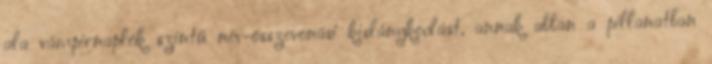
ala vámpirnaplók szintű név-összevonási kislánykodást, annak abban a pillanatban